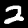
Digit: 2